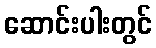
ဆောင်းပါးတွင်